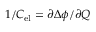
1 / C _ { \mathrm { e l } } = \partial \Delta \phi / \partial Q